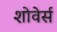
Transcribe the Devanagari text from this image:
शोवेर्स